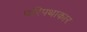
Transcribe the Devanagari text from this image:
परिपथाकार